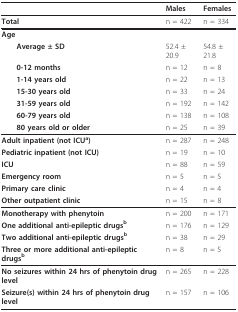
<table><thead><tr><td></td><td><b>Males</b></td><td><b>Females</b></td></tr></thead><tbody><tr><td><b>Total</b></td><td>n = 422</td><td>n = 334</td></tr><tr><td><b>Age</b></td><td></td><td></td></tr><tr><td> <b>Average ± SD</b></td><td>52.4 ± 20.9</td><td>54.8 ± 21.8</td></tr><tr><td> <b>0-12 months</b></td><td>n = 12</td><td>n = 8</td></tr><tr><td> <b>1-14 years old</b></td><td>n = 22</td><td>n = 13</td></tr><tr><td> <b>15-30 years old</b></td><td>n = 33</td><td>n = 24</td></tr><tr><td> <b>31-59 years old</b></td><td>n = 192</td><td>n = 142</td></tr><tr><td> <b>60-79 years old</b></td><td>n = 138</td><td>n = 108</td></tr><tr><td> <b>80 years old or older</b></td><td>n = 25</td><td>n = 39</td></tr><tr><td><b>Adult inpatient (not ICU<sup>a</sup>)</b></td><td>n = 287</td><td>n = 248</td></tr><tr><td><b>Pediatric inpatient (not ICU)</b></td><td>n = 19</td><td>n = 10</td></tr><tr><td><b>ICU</b></td><td>n = 88</td><td>n = 59</td></tr><tr><td><b>Emergency room</b></td><td>n = 5</td><td>n = 5</td></tr><tr><td><b>Primary care clinic</b></td><td>n = 4</td><td>n = 4</td></tr><tr><td><b>Other outpatient clinic</b></td><td>n = 15</td><td>n = 8</td></tr><tr><td><b>Monotherapy with phenytoin</b></td><td>n = 200</td><td>n = 171</td></tr><tr><td><b>One additional anti-epileptic drugs<sup>b</sup></b></td><td>n = 176</td><td>n = 129</td></tr><tr><td><b>Two additional anti-epileptic drugs<sup>b</sup></b></td><td>n = 38</td><td>n = 29</td></tr><tr><td><b>Three or more additional anti-epileptic drugs<sup>b</sup></b></td><td>n = 8</td><td>n = 5</td></tr><tr><td><b>No seizures within 24 hrs of phenytoin drug level</b></td><td>n = 265</td><td>n = 228</td></tr><tr><td><b>Seizure(s) within 24 hrs of phenytoin drug level</b></td><td>n = 157</td><td>n = 106</td></tr></tbody></table>